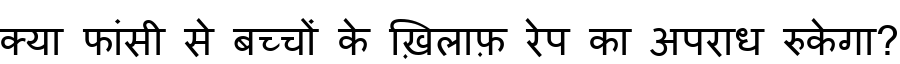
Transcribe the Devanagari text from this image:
क्या फांसी से बच्चों के ख़िलाफ़ रेप का अपराध रुकेगा?